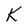
Character: K